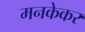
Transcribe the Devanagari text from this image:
मनकेकर